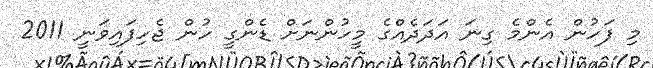
މި ފަހުން އެންމެ ގިނަ އަދަދެއްގެ މީހުންނަށް ޑެންގީ ހުން ޖެހިފައިވަނީ 2011